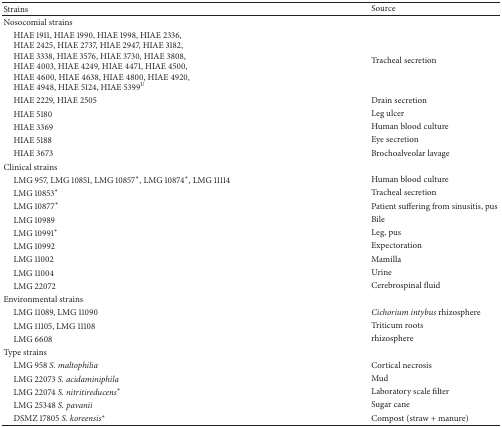
<table><thead><tr><td><b>Strains</b></td><td><b>Source</b></td></tr></thead><tbody><tr><td>Nosocomial strains</td><td> </td></tr><tr><td> HIAE 1911, HIAE 1990, HIAE 1998, HIAE 2336,HIAE 2425, HIAE 2737, HIAE 2947, HIAE 3182,HIAE 3338, HIAE 3576, HIAE 3730, HIAE 3808,HIAE 4003, HIAE 4249, HIAE 4471, HIAE 4500,HIAE 4600, HIAE 4638, HIAE 4800, HIAE 4920,HIAE 4948, HIAE 5124, HIAE 5399<sup>U</sup></td><td>Tracheal secretion</td></tr><tr><td> HIAE 2229, HIAE 2505</td><td>Drain secretion</td></tr><tr><td> HIAE 5180</td><td>Leg ulcer</td></tr><tr><td> HIAE 3369</td><td>Human blood culture </td></tr><tr><td> HIAE 5188</td><td>Eye secretion</td></tr><tr><td> HIAE 3673</td><td>Brochoalveolar lavage</td></tr><tr><td>Clinical strains</td><td> </td></tr><tr><td> LMG 957, LMG 10851, LMG 10857*, LMG 10874*, LMG 11114</td><td>Human blood culture</td></tr><tr><td> LMG 10853*</td><td>Tracheal secretion</td></tr><tr><td> LMG 10877*</td><td>Patient suffering from sinusitis, pus</td></tr><tr><td> LMG 10989</td><td>Bile</td></tr><tr><td> LMG 10991*</td><td>Leg, pus</td></tr><tr><td> LMG 10992</td><td>Expectoration</td></tr><tr><td> LMG 11002</td><td>Mamilla</td></tr><tr><td> LMG 11004</td><td>Urine</td></tr><tr><td> LMG 22072</td><td>Cerebrospinal fluid</td></tr><tr><td>Environmental strains</td><td> </td></tr><tr><td> LMG 11089, LMG 11090</td><td><i>Cichorium intybus</i> rhizosphere</td></tr><tr><td> LMG 11105, LMG 11108 </td><td>Triticum roots</td></tr><tr><td> LMG 6608 </td><td>rhizosphere</td></tr><tr><td>Type strains</td><td> </td></tr><tr><td> LMG 958 <i>S. maltophilia </i></td><td>Cortical necrosis</td></tr><tr><td> LMG 22073 <i>S. acidaminiphila </i></td><td>Mud </td></tr><tr><td> LMG 22074 <i>S. nitritireducens</i>*</td><td>Laboratory scale filter</td></tr><tr><td> LMG 25348 <i>S. pavanii </i></td><td>Sugar cane</td></tr><tr><td> DSMZ 17805 <i>S. koreensis</i>*</td><td>Compost (straw + manure)</td></tr></tbody></table>